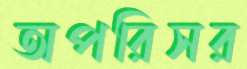
অপরিসর